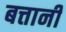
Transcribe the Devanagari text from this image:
बत्तानी